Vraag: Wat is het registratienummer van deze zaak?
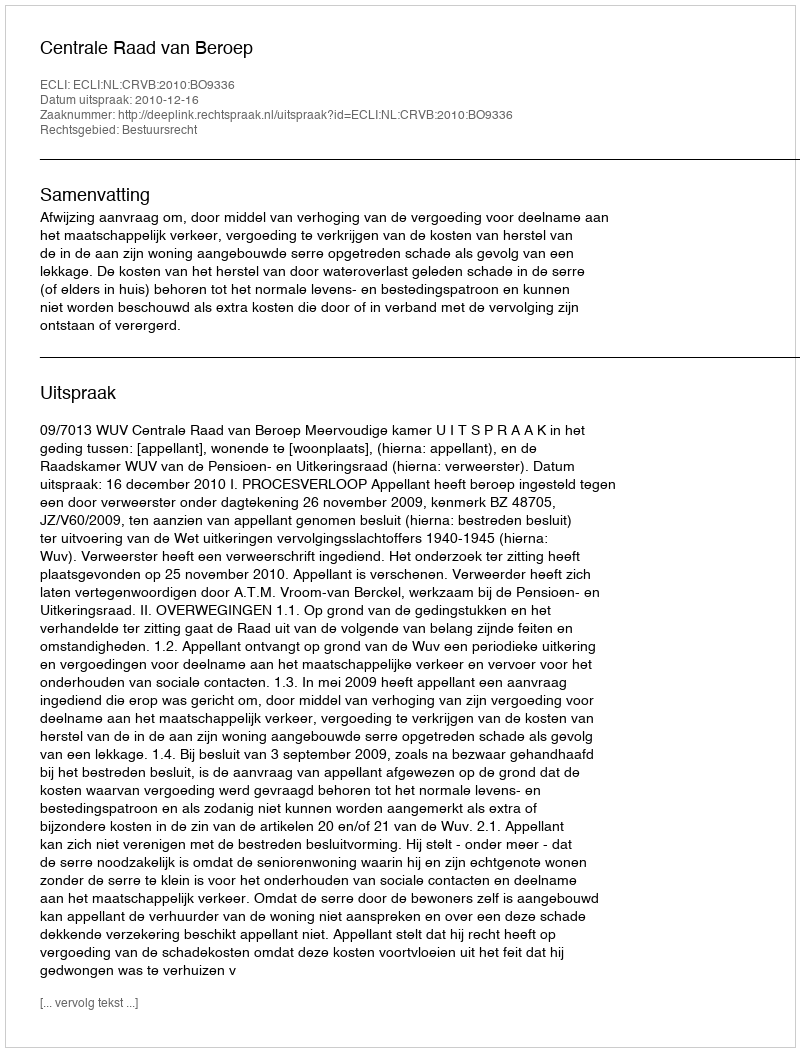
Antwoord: http://deeplink.rechtspraak.nl/uitspraak?id=ECLI:NL:CRVB:2010:BO9336